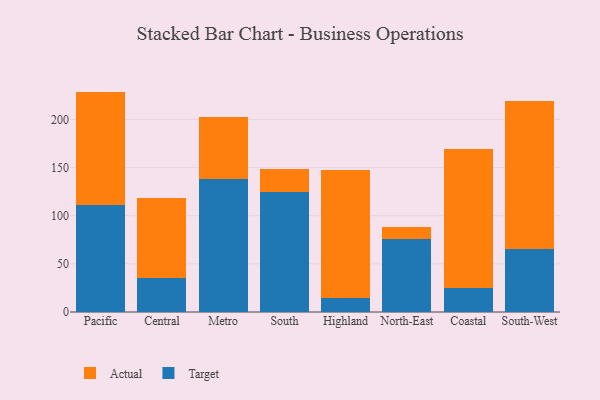
{"axis": {"x": "Region", "y": "Population (Million)"}, "legend": ["Actual", "Target"], "data": [{"x": "Pacific", "y": 111.6, "type": "Target"}, {"x": "Pacific", "y": 117.3, "type": "Actual"}, {"x": "Central", "y": 35.6, "type": "Target"}, {"x": "Central", "y": 82.5, "type": "Actual"}, {"x": "Metro", "y": 137.8, "type": "Target"}, {"x": "Metro", "y": 64.9, "type": "Actual"}, {"x": "South", "y": 124.7, "type": "Target"}, {"x": "South", "y": 23.5, "type": "Actual"}, {"x": "Highland", "y": 15.0, "type": "Target"}, {"x": "Highland", "y": 132.1, "type": "Actual"}, {"x": "North-East", "y": 75.8, "type": "Target"}, {"x": "North-East", "y": 12.0, "type": "Actual"}, {"x": "Coastal", "y": 25.3, "type": "Target"}, {"x": "Coastal", "y": 144.5, "type": "Actual"}, {"x": "South-West", "y": 65.9, "type": "Target"}, {"x": "South-West", "y": 153.2, "type": "Actual"}]}